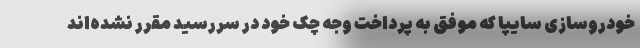
خودروسازی سایپا که موفق به پرداخت وجه چک خود در سررسید مقرر نشده‌اند